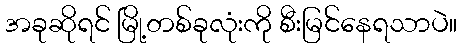
အခုဆိုရင် မြို့တစ်ခုလုံးကို စီးမြင်နေရသာပဲ။